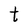
Character: t